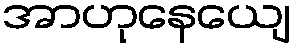
အာဟုနေယျေ